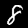
Digit: 8